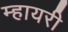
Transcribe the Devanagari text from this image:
म्हायरी